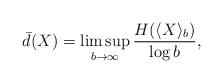
LaTeX: \begin{align*}\bar{d}(X)=\limsup_{b\to\infty} {H(\langle X\rangle_b)\over \log b},\end{align*}